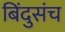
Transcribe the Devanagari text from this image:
बिंदुसंच